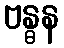
ဗန္ဓန